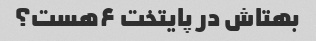
بهتاش در پایتخت ۶هست؟